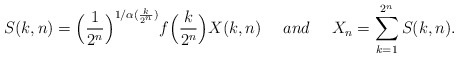
\begin{align*} S(k,n)=\Big(\frac{1}{2^n}\Big)^{1/\alpha(\frac{k}{2^n})} f\Big(\frac{k}{2^n}\Big) X(k,n) \ \ \ \ and \ \ \ \ X_n = \sum_{k=1}^{ 2^n } S(k,n) .\end{align*}